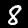
Label: 8